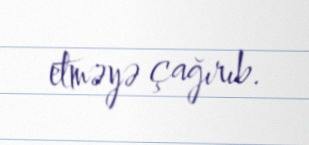
etməyə çağırıb.